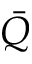
\bar { Q }